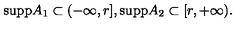
\mathrm { s u p p } A _ { 1 } \subset ( - \infty , r ] , \mathrm { s u p p } A _ { 2 } \subset [ r , + \infty ) .